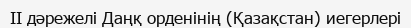
II дәрежелі Даңқ орденінің (Қазақстан) иегерлері